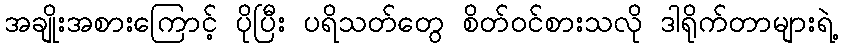
အချိုးအစားကြောင့် ပိုပြီး ပရိသတ်တွေ စိတ်ဝင်စားသလို ဒါရိုက်တာများရဲ့